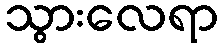
သွားလေရာ